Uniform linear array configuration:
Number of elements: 8
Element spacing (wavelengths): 0.75
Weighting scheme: blackman
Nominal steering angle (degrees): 30
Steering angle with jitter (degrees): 29.882
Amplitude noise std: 0.05
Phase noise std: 0.05

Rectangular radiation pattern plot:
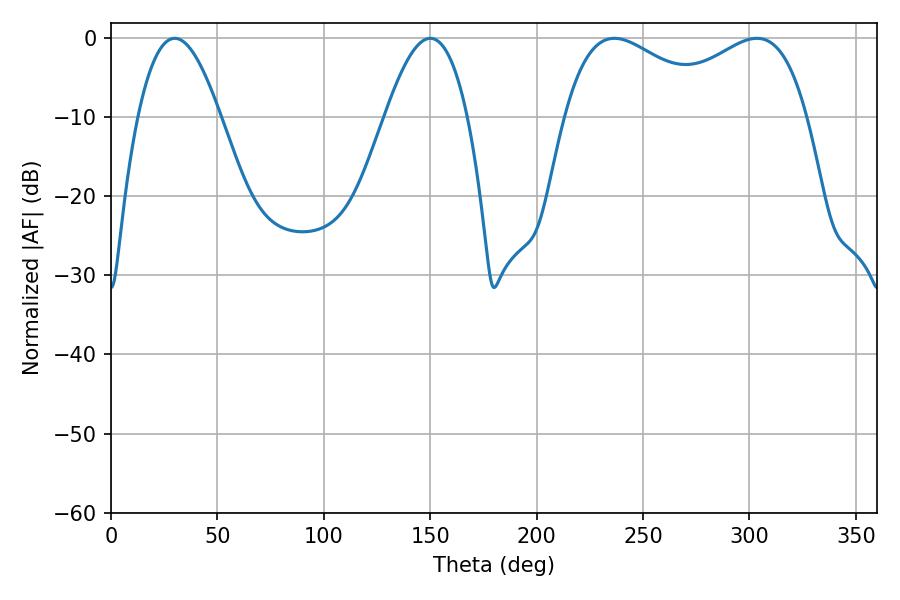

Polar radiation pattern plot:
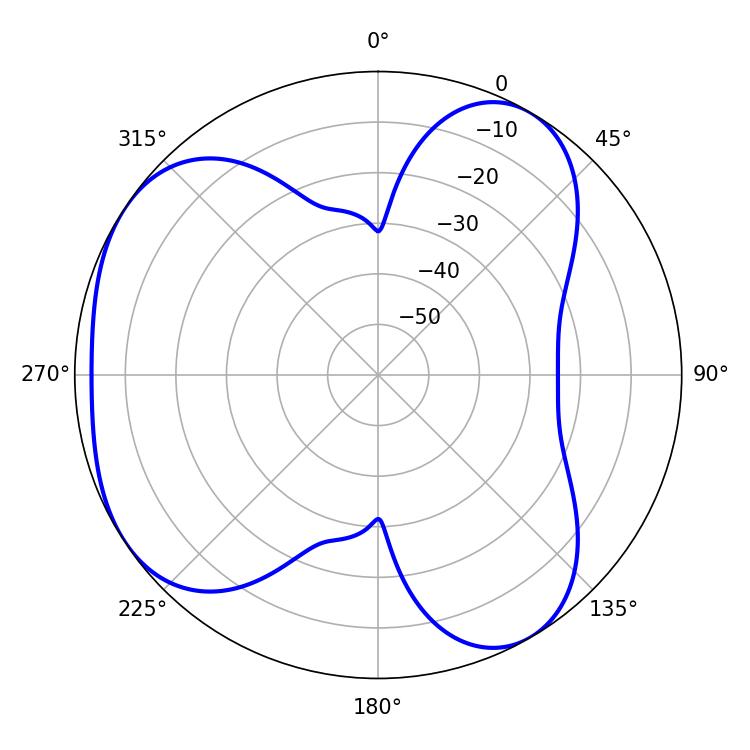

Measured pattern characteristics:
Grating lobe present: TRUE
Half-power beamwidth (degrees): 40.32
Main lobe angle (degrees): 236.52